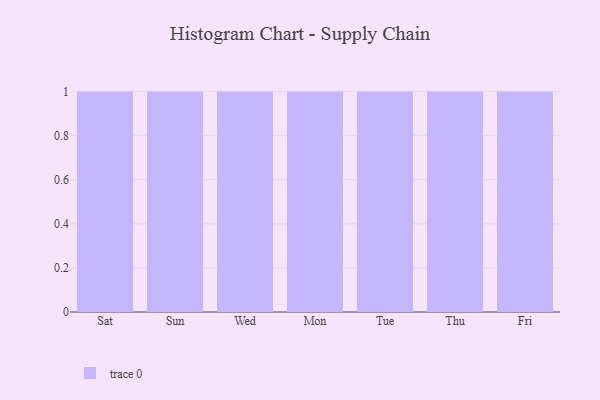
{"axis": {"x": "Day", "y": "Budget (USD K)"}, "legend": [""], "data": [{"x": "Sat", "y": 49, "type": ""}, {"x": "Sun", "y": 80, "type": ""}, {"x": "Wed", "y": 73, "type": ""}, {"x": "Mon", "y": 14, "type": ""}, {"x": "Tue", "y": 73, "type": ""}, {"x": "Thu", "y": 75, "type": ""}, {"x": "Fri", "y": 26, "type": ""}]}